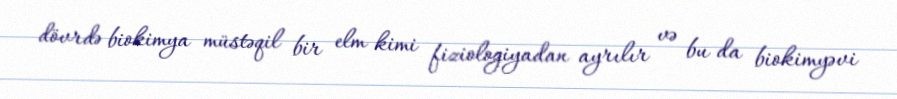
dövrdə biokimya müstəqil bir elm kimi fiziologiyadan ayrılır və bu da biokimyəvi